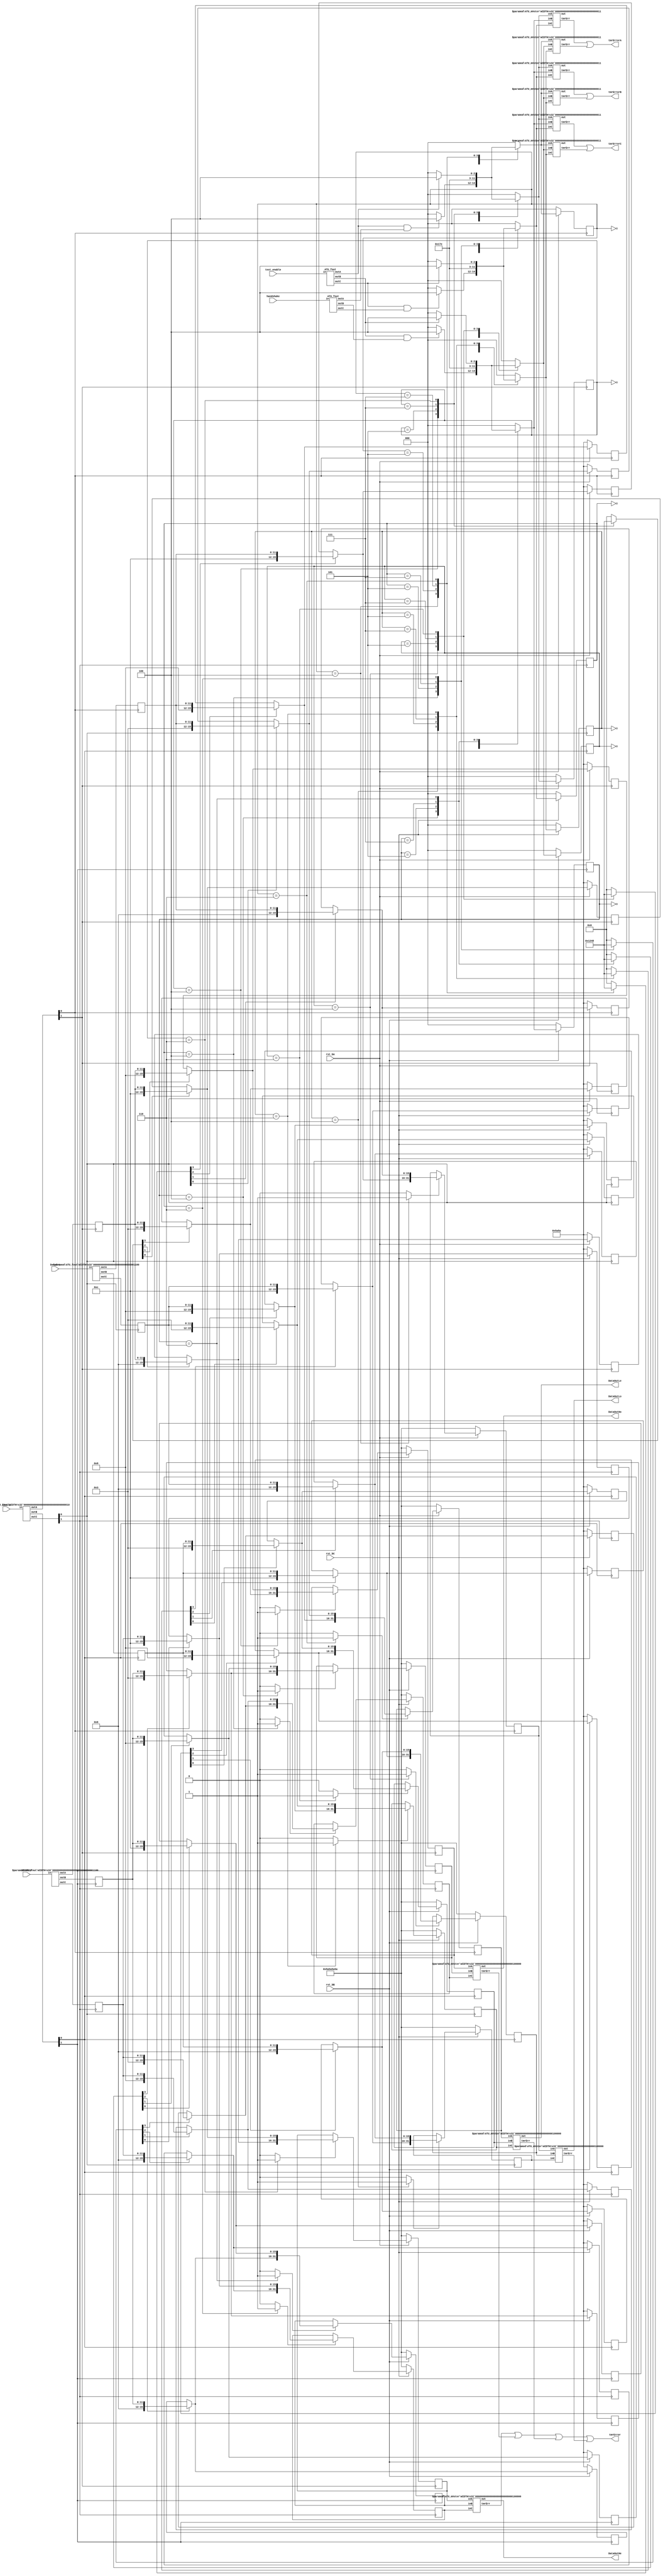
/****************************************************************************************************
 *                          ! THIS FILE WAS AUTO-GENERATED BY TMRG TOOL !                           *
 *                                   ! DO NOT EDIT IT MANUALLY !                                    *
 *                                                                                                  *
 *                                                                                                  *
 * user    : gianni                                                                                 *
 * host    : elt153xl.to.infn.it                                                                    *
 *                                                                                                  *
 * workdir : /export/elt153xl/disk0/users/gianni/projects/LiTE-DTU/v2/netlist_in                    *
 * cmd     : /export/elt153xl/disk0/users/gianni/projects/LiTE-DTU/tmrg/bin/tmrg --sdc-generate --sdc- *
 *           headers --config AdcTestUnit.cfg AdcTestUnit.v                                         *
 * tmrg rev: 9a6ee4d64fce05b58c62ee9ecfc4ef5a8551d404                                               *
 *                                                                                                  *
 * src file: AdcTestUnit.v                                                                          *
 *           File is NOT under version control!                                                     *
 *           Modification time : 2020-12-10 15:31:12.792154                                         *
 *           File Size         : 4990                                                               *
 *           MD5 hash          : ad553b1d69166aca913b5bf4bca50323                                   *
 *                                                                                                  *
 ****************************************************************************************************/
`timescale  1ps/1ps
module AdcTestUnitTMR #(
  parameter NBitsADC=12,
  parameter NBitsOut=32
)(
  input  rst_bA,
  input  rst_bB,
  input  rst_bC,
  input [1:0] AdcClk,
  input  test_enable,
  input  handshake,
  input [NBitsADC-1:0] DataInL,
  input [NBitsADC-1:0] DataInH,
  output [NBitsOut-1:0] DataOutLe,
  output [NBitsOut-1:0] DataOutLo,
  output [NBitsOut-1:0] DataOutHe,
  output [NBitsOut-1:0] DataOutHo,
  output  tmrError,
  output  tmrErrorA,
  output  tmrErrorB,
  output  tmrErrorC
);
parameter    idle=3'b000;
parameter    state_0=3'b100;
parameter    state_1=3'b101;
parameter    state_2=3'b111;
parameter    state_3=3'b110;
wire [NBitsADC-1:0] DataInHC;
wire [NBitsADC-1:0] DataInHB;
wire [NBitsADC-1:0] DataInHA;
wire test_enableC;
wire test_enableB;
wire test_enableA;
wire [1:0] AdcClkC;
wire [1:0] AdcClkB;
wire [1:0] AdcClkA;
wire handshakeC;
wire handshakeB;
wire handshakeA;
wire [NBitsADC-1:0] DataInLC;
wire [NBitsADC-1:0] DataInLB;
wire [NBitsADC-1:0] DataInLA;
wor nStateLTmrErrorC;
wire [2:0] nStateLVotedC;
wor nStateHTmrErrorC;
wire [2:0] nStateHVotedC;
wor nStateLTmrErrorB;
wire [2:0] nStateLVotedB;
wor nStateHTmrErrorB;
wire [2:0] nStateHVotedB;
wor nStateLTmrErrorA;
wire [2:0] nStateLVotedA;
wor nStateHTmrErrorA;
wire [2:0] nStateHVotedA;
wor DoutHeTmrError;
wire [NBitsOut-1:0] DoutHe;
wor DoutHoTmrError;
wire [NBitsOut-1:0] DoutHo;
wor DoutLeTmrError;
wire [NBitsOut-1:0] DoutLe;
wor DoutLoTmrError;
wire [NBitsOut-1:0] DoutLo;
reg  [2:0] cStateHA;
reg  [2:0] cStateHB;
reg  [2:0] cStateHC;
reg  [2:0] nStateHA;
reg  [2:0] nStateHB;
reg  [2:0] nStateHC;
reg  [2:0] cStateLA;
reg  [2:0] cStateLB;
reg  [2:0] cStateLC;
reg  [2:0] nStateLA;
reg  [2:0] nStateLB;
reg  [2:0] nStateLC;
reg  [(NBitsOut/2)-1:0] DataIntL0A;
reg  [(NBitsOut/2)-1:0] DataIntL0B;
reg  [(NBitsOut/2)-1:0] DataIntL0C;
reg  [(NBitsOut/2)-1:0] DataIntL1A;
reg  [(NBitsOut/2)-1:0] DataIntL1B;
reg  [(NBitsOut/2)-1:0] DataIntL1C;
reg  [(NBitsOut/2)-1:0] DataIntL2A;
reg  [(NBitsOut/2)-1:0] DataIntL2B;
reg  [(NBitsOut/2)-1:0] DataIntL2C;
reg  [(NBitsOut/2)-1:0] DataIntL3A;
reg  [(NBitsOut/2)-1:0] DataIntL3B;
reg  [(NBitsOut/2)-1:0] DataIntL3C;
reg  [(NBitsOut/2)-1:0] DataIntH0A;
reg  [(NBitsOut/2)-1:0] DataIntH0B;
reg  [(NBitsOut/2)-1:0] DataIntH0C;
reg  [(NBitsOut/2)-1:0] DataIntH1A;
reg  [(NBitsOut/2)-1:0] DataIntH1B;
reg  [(NBitsOut/2)-1:0] DataIntH1C;
reg  [(NBitsOut/2)-1:0] DataIntH2A;
reg  [(NBitsOut/2)-1:0] DataIntH2B;
reg  [(NBitsOut/2)-1:0] DataIntH2C;
reg  [(NBitsOut/2)-1:0] DataIntH3A;
reg  [(NBitsOut/2)-1:0] DataIntH3B;
reg  [(NBitsOut/2)-1:0] DataIntH3C;
reg  [NBitsOut-1:0] DoutLeA;
reg  [NBitsOut-1:0] DoutLeB;
reg  [NBitsOut-1:0] DoutLeC;
reg  [NBitsOut-1:0] DoutLoA;
reg  [NBitsOut-1:0] DoutLoB;
reg  [NBitsOut-1:0] DoutLoC;
reg  [NBitsOut-1:0] DoutHeA;
reg  [NBitsOut-1:0] DoutHeB;
reg  [NBitsOut-1:0] DoutHeC;
reg  [NBitsOut-1:0] DoutHoA;
reg  [NBitsOut-1:0] DoutHoB;
reg  [NBitsOut-1:0] DoutHoC;
reg  [NBitsADC-1:0] DataInL_syncA;
reg  [NBitsADC-1:0] DataInL_syncB;
reg  [NBitsADC-1:0] DataInL_syncC;
reg  [NBitsADC-1:0] DataInH_syncA;
reg  [NBitsADC-1:0] DataInH_syncB;
reg  [NBitsADC-1:0] DataInH_syncC;
reg  loadH_eA;
reg  loadH_eB;
reg  loadH_eC;
reg  loadH_oA;
reg  loadH_oB;
reg  loadH_oC;
reg  loadL_eA;
reg  loadL_eB;
reg  loadL_eC;
reg  loadL_oA;
reg  loadL_oB;
reg  loadL_oC;
reg  [3:0] ldH_intA;
reg  [3:0] ldH_intB;
reg  [3:0] ldH_intC;
reg  [3:0] ldL_intA;
reg  [3:0] ldL_intB;
reg  [3:0] ldL_intC;
assign DataOutLe =  DoutLe;
assign DataOutLo =  DoutLo;
assign DataOutHe =  DoutHe;
assign DataOutHo =  DoutHo;

always @( posedge AdcClkA[1]  )
  begin
    #1 DataInH_syncA =  DataInHA;
  end

always @( posedge AdcClkB[1]  )
  begin
    #1 DataInH_syncB =  DataInHB;
  end

always @( posedge AdcClkC[1]  )
  begin
    #1 DataInH_syncC =  DataInHC;
  end

always @( posedge AdcClkA[0]  )
  begin
    #1 DataInL_syncA =  DataInLA;
  end

always @( posedge AdcClkB[0]  )
  begin
    #1 DataInL_syncB =  DataInLB;
  end

always @( posedge AdcClkC[0]  )
  begin
    #1 DataInL_syncC =  DataInLC;
  end

always @( cStateHA or test_enableA or handshakeA )
  begin
    loadH_eA =  1'b0;
    loadH_oA =  1'b0;
    ldH_intA =  4'b0000;
    case (cStateHA)
      idle : 
        begin
          if ((test_enableA==1)&(handshakeA==1))
            nStateHA =  state_0;
          else
            nStateHA =  idle;
        end
      state_0 : 
        begin
          ldH_intA =  4'b0001;
          loadH_oA =  1'b1;
          nStateHA =  state_1;
        end
      state_1 : 
        begin
          ldH_intA =  4'b0010;
          nStateHA =  state_2;
        end
      state_2 : 
        begin
          ldH_intA =  4'b0100;
          nStateHA =  state_3;
        end
      state_3 : 
        begin
          ldH_intA =  4'b1000;
          loadH_eA =  1'b1;
          if (test_enableA==1)
            nStateHA =  state_0;
          else
            nStateHA =  idle;
        end
      default : nStateHA =  idle;
    endcase
  end

always @( cStateHB or test_enableB or handshakeB )
  begin
    loadH_eB =  1'b0;
    loadH_oB =  1'b0;
    ldH_intB =  4'b0000;
    case (cStateHB)
      idle : 
        begin
          if ((test_enableB==1)&(handshakeB==1))
            nStateHB =  state_0;
          else
            nStateHB =  idle;
        end
      state_0 : 
        begin
          ldH_intB =  4'b0001;
          loadH_oB =  1'b1;
          nStateHB =  state_1;
        end
      state_1 : 
        begin
          ldH_intB =  4'b0010;
          nStateHB =  state_2;
        end
      state_2 : 
        begin
          ldH_intB =  4'b0100;
          nStateHB =  state_3;
        end
      state_3 : 
        begin
          ldH_intB =  4'b1000;
          loadH_eB =  1'b1;
          if (test_enableB==1)
            nStateHB =  state_0;
          else
            nStateHB =  idle;
        end
      default : nStateHB =  idle;
    endcase
  end

always @( cStateHC or test_enableC or handshakeC )
  begin
    loadH_eC =  1'b0;
    loadH_oC =  1'b0;
    ldH_intC =  4'b0000;
    case (cStateHC)
      idle : 
        begin
          if ((test_enableC==1)&(handshakeC==1))
            nStateHC =  state_0;
          else
            nStateHC =  idle;
        end
      state_0 : 
        begin
          ldH_intC =  4'b0001;
          loadH_oC =  1'b1;
          nStateHC =  state_1;
        end
      state_1 : 
        begin
          ldH_intC =  4'b0010;
          nStateHC =  state_2;
        end
      state_2 : 
        begin
          ldH_intC =  4'b0100;
          nStateHC =  state_3;
        end
      state_3 : 
        begin
          ldH_intC =  4'b1000;
          loadH_eC =  1'b1;
          if (test_enableC==1)
            nStateHC =  state_0;
          else
            nStateHC =  idle;
        end
      default : nStateHC =  idle;
    endcase
  end

always @( cStateLA or test_enableA or handshakeA )
  begin
    loadL_eA =  1'b0;
    loadL_oA =  1'b0;
    ldL_intA =  4'b0000;
    case (cStateLA)
      idle : 
        begin
          if ((test_enableA==1)&(handshakeA==1))
            nStateLA =  state_0;
          else
            nStateLA =  idle;
        end
      state_0 : 
        begin
          ldL_intA =  4'b0001;
          loadL_oA =  1'b1;
          nStateLA =  state_1;
        end
      state_1 : 
        begin
          ldL_intA =  4'b0010;
          nStateLA =  state_2;
        end
      state_2 : 
        begin
          ldL_intA =  4'b0100;
          nStateLA =  state_3;
        end
      state_3 : 
        begin
          ldL_intA =  4'b1000;
          loadL_eA =  1'b1;
          if (test_enableA==1)
            nStateLA =  state_0;
          else
            nStateLA =  idle;
        end
      default : nStateLA =  idle;
    endcase
  end

always @( cStateLB or test_enableB or handshakeB )
  begin
    loadL_eB =  1'b0;
    loadL_oB =  1'b0;
    ldL_intB =  4'b0000;
    case (cStateLB)
      idle : 
        begin
          if ((test_enableB==1)&(handshakeB==1))
            nStateLB =  state_0;
          else
            nStateLB =  idle;
        end
      state_0 : 
        begin
          ldL_intB =  4'b0001;
          loadL_oB =  1'b1;
          nStateLB =  state_1;
        end
      state_1 : 
        begin
          ldL_intB =  4'b0010;
          nStateLB =  state_2;
        end
      state_2 : 
        begin
          ldL_intB =  4'b0100;
          nStateLB =  state_3;
        end
      state_3 : 
        begin
          ldL_intB =  4'b1000;
          loadL_eB =  1'b1;
          if (test_enableB==1)
            nStateLB =  state_0;
          else
            nStateLB =  idle;
        end
      default : nStateLB =  idle;
    endcase
  end

always @( cStateLC or test_enableC or handshakeC )
  begin
    loadL_eC =  1'b0;
    loadL_oC =  1'b0;
    ldL_intC =  4'b0000;
    case (cStateLC)
      idle : 
        begin
          if ((test_enableC==1)&(handshakeC==1))
            nStateLC =  state_0;
          else
            nStateLC =  idle;
        end
      state_0 : 
        begin
          ldL_intC =  4'b0001;
          loadL_oC =  1'b1;
          nStateLC =  state_1;
        end
      state_1 : 
        begin
          ldL_intC =  4'b0010;
          nStateLC =  state_2;
        end
      state_2 : 
        begin
          ldL_intC =  4'b0100;
          nStateLC =  state_3;
        end
      state_3 : 
        begin
          ldL_intC =  4'b1000;
          loadL_eC =  1'b1;
          if (test_enableC==1)
            nStateLC =  state_0;
          else
            nStateLC =  idle;
        end
      default : nStateLC =  idle;
    endcase
  end

always @( posedge AdcClkA[1]  )
  begin
    if (rst_bA==0)
      begin
        cStateHA =  idle;
        DataIntH0A =  16'h5a5a;
        DataIntH1A =  16'h5a5a;
        DataIntH2A =  16'h5a5a;
        DataIntH3A =  16'h5a5a;
        DoutHeA =  32'h5a5a5a5a;
        DoutHoA =  32'h5a5a5a5a;
      end
    else
      begin
        cStateHA =  nStateHA;
        if (ldH_intA[0] ==1)
          DataIntH0A =  {4'b1100,DataInH_syncA};
        if (ldH_intA[1] ==1)
          DataIntH1A =  {4'b1001,DataInH_syncA};
        if (ldH_intA[2] ==1)
          DataIntH2A =  {4'b0110,DataInH_syncA};
        if (ldH_intA[3] ==1)
          DataIntH3A =  {4'b0011,DataInH_syncA};
        if (loadH_eA==1)
          DoutHeA =  {DataIntH2A,DataIntH0A};
        if (loadH_oA==1)
          DoutHoA =  {DataIntH3A,DataIntH1A};
      end
  end

always @( posedge AdcClkB[1]  )
  begin
    if (rst_bB==0)
      begin
        cStateHB =  idle;
        DataIntH0B =  16'h5a5a;
        DataIntH1B =  16'h5a5a;
        DataIntH2B =  16'h5a5a;
        DataIntH3B =  16'h5a5a;
        DoutHeB =  32'h5a5a5a5a;
        DoutHoB =  32'h5a5a5a5a;
      end
    else
      begin
        cStateHB =  nStateHB;
        if (ldH_intB[0] ==1)
          DataIntH0B =  {4'b1100,DataInH_syncB};
        if (ldH_intB[1] ==1)
          DataIntH1B =  {4'b1001,DataInH_syncB};
        if (ldH_intB[2] ==1)
          DataIntH2B =  {4'b0110,DataInH_syncB};
        if (ldH_intB[3] ==1)
          DataIntH3B =  {4'b0011,DataInH_syncB};
        if (loadH_eB==1)
          DoutHeB =  {DataIntH2B,DataIntH0B};
        if (loadH_oB==1)
          DoutHoB =  {DataIntH3B,DataIntH1B};
      end
  end

always @( posedge AdcClkC[1]  )
  begin
    if (rst_bC==0)
      begin
        cStateHC =  idle;
        DataIntH0C =  16'h5a5a;
        DataIntH1C =  16'h5a5a;
        DataIntH2C =  16'h5a5a;
        DataIntH3C =  16'h5a5a;
        DoutHeC =  32'h5a5a5a5a;
        DoutHoC =  32'h5a5a5a5a;
      end
    else
      begin
        cStateHC =  nStateHC;
        if (ldH_intC[0] ==1)
          DataIntH0C =  {4'b1100,DataInH_syncC};
        if (ldH_intC[1] ==1)
          DataIntH1C =  {4'b1001,DataInH_syncC};
        if (ldH_intC[2] ==1)
          DataIntH2C =  {4'b0110,DataInH_syncC};
        if (ldH_intC[3] ==1)
          DataIntH3C =  {4'b0011,DataInH_syncC};
        if (loadH_eC==1)
          DoutHeC =  {DataIntH2C,DataIntH0C};
        if (loadH_oC==1)
          DoutHoC =  {DataIntH3C,DataIntH1C};
      end
  end

always @( posedge AdcClkA[0]  )
  begin
    if (rst_bA==0)
      begin
        cStateLA =  idle;
        DataIntL0A =  16'h5a5a;
        DataIntL1A =  16'h5a5a;
        DataIntL2A =  16'h5a5a;
        DataIntL3A =  16'h5a5a;
        DoutLeA =  32'h5a5a5a5a;
        DoutLoA =  32'h5a5a5a5a;
      end
    else
      begin
        cStateLA =  nStateLA;
        if (ldL_intA[0] ==1)
          DataIntL0A =  {4'b0011,DataInL_syncA};
        if (ldL_intA[1] ==1)
          DataIntL1A =  {4'b0110,DataInL_syncA};
        if (ldL_intA[2] ==1)
          DataIntL2A =  {4'b1001,DataInL_syncA};
        if (ldL_intA[3] ==1)
          DataIntL3A =  {4'b1100,DataInL_syncA};
        if (loadL_eA==1)
          DoutLeA =  {DataIntL2A,DataIntL0A};
        if (loadL_oA==1)
          DoutLoA =  {DataIntL3A,DataIntL1A};
      end
  end

always @( posedge AdcClkB[0]  )
  begin
    if (rst_bB==0)
      begin
        cStateLB =  idle;
        DataIntL0B =  16'h5a5a;
        DataIntL1B =  16'h5a5a;
        DataIntL2B =  16'h5a5a;
        DataIntL3B =  16'h5a5a;
        DoutLeB =  32'h5a5a5a5a;
        DoutLoB =  32'h5a5a5a5a;
      end
    else
      begin
        cStateLB =  nStateLB;
        if (ldL_intB[0] ==1)
          DataIntL0B =  {4'b0011,DataInL_syncB};
        if (ldL_intB[1] ==1)
          DataIntL1B =  {4'b0110,DataInL_syncB};
        if (ldL_intB[2] ==1)
          DataIntL2B =  {4'b1001,DataInL_syncB};
        if (ldL_intB[3] ==1)
          DataIntL3B =  {4'b1100,DataInL_syncB};
        if (loadL_eB==1)
          DoutLeB =  {DataIntL2B,DataIntL0B};
        if (loadL_oB==1)
          DoutLoB =  {DataIntL3B,DataIntL1B};
      end
  end

always @( posedge AdcClkC[0]  )
  begin
    if (rst_bC==0)
      begin
        cStateLC =  idle;
        DataIntL0C =  16'h5a5a;
        DataIntL1C =  16'h5a5a;
        DataIntL2C =  16'h5a5a;
        DataIntL3C =  16'h5a5a;
        DoutLeC =  32'h5a5a5a5a;
        DoutLoC =  32'h5a5a5a5a;
      end
    else
      begin
        cStateLC =  nStateLC;
        if (ldL_intC[0] ==1)
          DataIntL0C =  {4'b0011,DataInL_syncC};
        if (ldL_intC[1] ==1)
          DataIntL1C =  {4'b0110,DataInL_syncC};
        if (ldL_intC[2] ==1)
          DataIntL2C =  {4'b1001,DataInL_syncC};
        if (ldL_intC[3] ==1)
          DataIntL3C =  {4'b1100,DataInL_syncC};
        if (loadL_eC==1)
          DoutLeC =  {DataIntL2C,DataIntL0C};
        if (loadL_oC==1)
          DoutLoC =  {DataIntL3C,DataIntL1C};
      end
  end

ATU_mVoter #(.WIDTH(((NBitsOut-1)>(0)) ? ((NBitsOut-1)-(0)+1) : ((0)-(NBitsOut-1)+1))) DoutLoVoter (
    .inA(DoutLoA),
    .inB(DoutLoB),
    .inC(DoutLoC),
    .out(DoutLo),
    .tmrErr(DoutLoTmrError)
    );

ATU_mVoter #(.WIDTH(((NBitsOut-1)>(0)) ? ((NBitsOut-1)-(0)+1) : ((0)-(NBitsOut-1)+1))) DoutLeVoter (
    .inA(DoutLeA),
    .inB(DoutLeB),
    .inC(DoutLeC),
    .out(DoutLe),
    .tmrErr(DoutLeTmrError)
    );

ATU_mVoter #(.WIDTH(((NBitsOut-1)>(0)) ? ((NBitsOut-1)-(0)+1) : ((0)-(NBitsOut-1)+1))) DoutHoVoter (
    .inA(DoutHoA),
    .inB(DoutHoB),
    .inC(DoutHoC),
    .out(DoutHo),
    .tmrErr(DoutHoTmrError)
    );

ATU_mVoter #(.WIDTH(((NBitsOut-1)>(0)) ? ((NBitsOut-1)-(0)+1) : ((0)-(NBitsOut-1)+1))) DoutHeVoter (
    .inA(DoutHeA),
    .inB(DoutHeB),
    .inC(DoutHeC),
    .out(DoutHe),
    .tmrErr(DoutHeTmrError)
    );
assign tmrError =  DoutHeTmrError|DoutHoTmrError|DoutLeTmrError|DoutLoTmrError;

ATU_mVoter #(.WIDTH(3)) nStateHVoterA (
    .inA(nStateHA),
    .inB(nStateHB),
    .inC(nStateHC),
    .out(nStateHVotedA),
    .tmrErr(nStateHTmrErrorA)
    );

ATU_mVoter #(.WIDTH(3)) nStateLVoterA (
    .inA(nStateLA),
    .inB(nStateLB),
    .inC(nStateLC),
    .out(nStateLVotedA),
    .tmrErr(nStateLTmrErrorA)
    );
assign tmrErrorA =  nStateHTmrErrorA|nStateLTmrErrorA;

ATU_mVoter #(.WIDTH(3)) nStateHVoterB (
    .inA(nStateHA),
    .inB(nStateHB),
    .inC(nStateHC),
    .out(nStateHVotedB),
    .tmrErr(nStateHTmrErrorB)
    );

ATU_mVoter #(.WIDTH(3)) nStateLVoterB (
    .inA(nStateLA),
    .inB(nStateLB),
    .inC(nStateLC),
    .out(nStateLVotedB),
    .tmrErr(nStateLTmrErrorB)
    );
assign tmrErrorB =  nStateHTmrErrorB|nStateLTmrErrorB;

ATU_mVoter #(.WIDTH(3)) nStateHVoterC (
    .inA(nStateHA),
    .inB(nStateHB),
    .inC(nStateHC),
    .out(nStateHVotedC),
    .tmrErr(nStateHTmrErrorC)
    );

ATU_mVoter #(.WIDTH(3)) nStateLVoterC (
    .inA(nStateLA),
    .inB(nStateLB),
    .inC(nStateLC),
    .out(nStateLVotedC),
    .tmrErr(nStateLTmrErrorC)
    );
assign tmrErrorC =  nStateHTmrErrorC|nStateLTmrErrorC;

ATU_fout #(.WIDTH(((NBitsADC-1)>(0)) ? ((NBitsADC-1)-(0)+1) : ((0)-(NBitsADC-1)+1))) DataInLFanout (
    .in(DataInL),
    .outA(DataInLA),
    .outB(DataInLB),
    .outC(DataInLC)
    );

ATU_fout handshakeFanout (
    .in(handshake),
    .outA(handshakeA),
    .outB(handshakeB),
    .outC(handshakeC)
    );

ATU_fout #(.WIDTH(2)) AdcClkFanout (
    .in(AdcClk),
    .outA(AdcClkA),
    .outB(AdcClkB),
    .outC(AdcClkC)
    );

ATU_fout test_enableFanout (
    .in(test_enable),
    .outA(test_enableA),
    .outB(test_enableB),
    .outC(test_enableC)
    );

ATU_fout #(.WIDTH(((NBitsADC-1)>(0)) ? ((NBitsADC-1)-(0)+1) : ((0)-(NBitsADC-1)+1))) DataInHFanout (
    .in(DataInH),
    .outA(DataInHA),
    .outB(DataInHB),
    .outC(DataInHC)
    );
endmodule



// /export/elt153xl/disk0/users/gianni/projects/LiTE-DTU/tmrg/src/../common/voter.v
module ATU_mVoter (inA, inB, inC, out, tmrErr);
  parameter WIDTH = 1;
  input   [(WIDTH-1):0]   inA, inB, inC;
  output  [(WIDTH-1):0]   out;
  output                  tmrErr;
  reg                     tmrErr;
  assign out = (inA&inB) | (inA&inC) | (inB&inC);
  always @(inA or inB or inC)
  begin
    if (inA!=inB || inA!=inC || inB!=inC)
      tmrErr = 1;
    else
      tmrErr = 0;
  end
endmodule


// /export/elt153xl/disk0/users/gianni/projects/LiTE-DTU/tmrg/src/../common/ATU_fout.v
module ATU_fout (in, outA, outB, outC);
  parameter WIDTH = 1;
  input   [(WIDTH-1):0]   in;
  output  [(WIDTH-1):0]   outA,outB,outC;
  assign outA=in;
  assign outB=in;
  assign outC=in;
endmodule